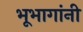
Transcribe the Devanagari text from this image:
भूभागांनी